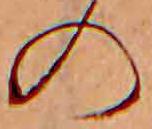
の